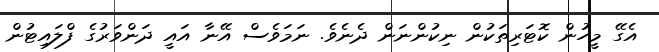
އެގޭ މީހުން ކޮޓަރިތަކުން ނިކުންނަން ދެނެވެ. ނަމަވެސް އޭނާ އައީ ދަންވަރުގެ ފްލައިޓުން